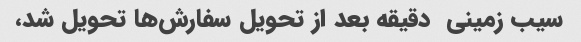
سیب زمینی  دقیقه بعد از تحویل سفارش‌ها تحویل شد،